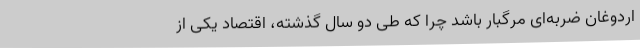
اردوغان ضربه‌ای مرگبار باشد چرا که طی دو سال گذشته، اقتصاد یکی از